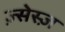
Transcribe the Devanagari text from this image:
ज़्सेस्ज़